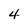
Character: 4